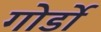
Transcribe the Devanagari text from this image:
गोर्डो